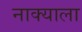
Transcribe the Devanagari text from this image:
नाक्याला